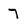
Character: 7